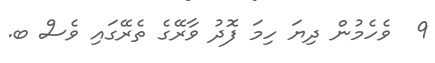
9  ވެހެމުން ދިޔަ ހިމަ ފޮދު ވާރޭގެ ތެރޭގައި ވެސް ބ.